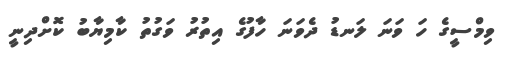
ވިމްސީގެ ހަ ވަނަ ލަނޑު ދެވަނަ ހާފުގެ އިތުރު ވަގުތު ކާމިޔާބު ކޮށްދިނީ